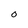
Character: O